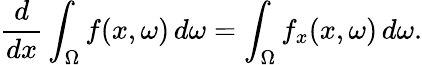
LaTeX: {\frac{d}{dx}}\int_{\Omega}f(x,\omega)\, d\omega=\int_{\Omega}f_{x}(x,\omega)\, d\omega.